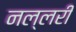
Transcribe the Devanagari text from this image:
नल्लरी